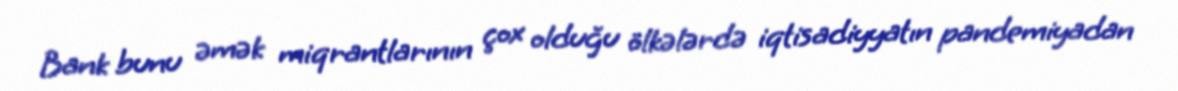
Bank bunu əmək miqrantlarının çox olduğu ölkələrdə iqtisadiyyatın pandemiyadan